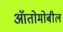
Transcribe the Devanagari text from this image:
ऑतोमोबील